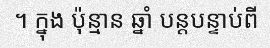
។ ក្នុង ប៉ុន្មាន ឆ្នាំ បន្តបន្ទាប់ពី